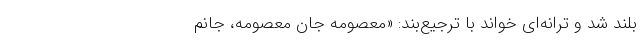
بلند شد و ترانه‌ای ‌خواند با ترجیع‌بند: «معصومه جان معصومه، جانُم